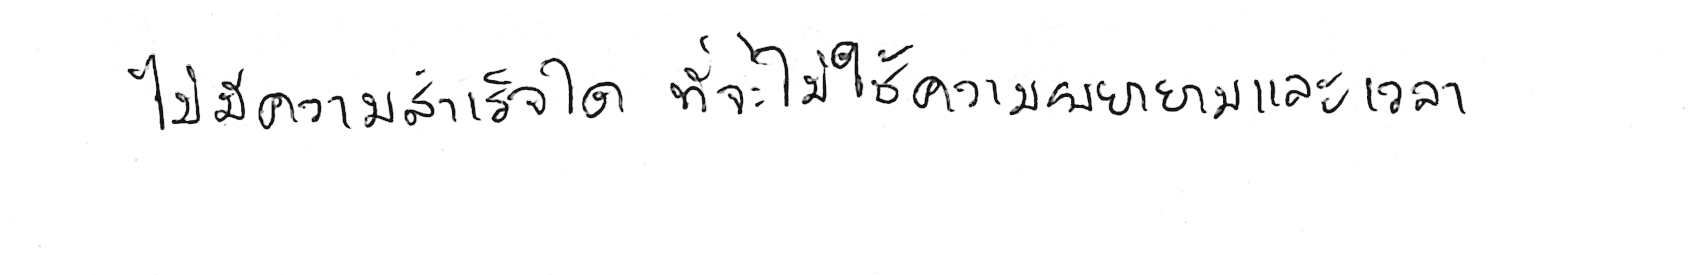
ไม่มีความสำเร็จใด ที่จะไม่ใช้ความพยายามและเวลา